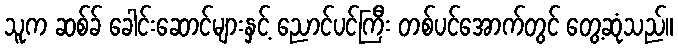
သူက ဆစ်ခ် ခေါင်းဆောင်များနှင့် ညောင်ပင်ကြီး တစ်ပင်အောက်တွင် တွေ့ဆုံသည်။